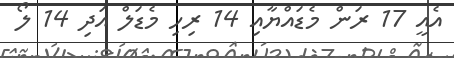
އެއީ 17 ރަން މެޑައްޔާއި 14 ރިހި މެޑަލް އަދި 14 ލޯ